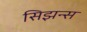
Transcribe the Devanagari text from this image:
सिझन्स